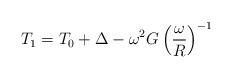
LaTeX: \begin{align*}T_1=T_0+\Delta-\omega^2G\left( \frac \omega R\right)^{-1}\end{align*}